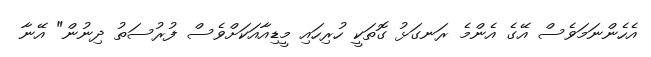
އެހެންނަމަވެސް އޭގެ އެންމެ ރަނގަޅު ގޮތަކީ ހުރިހައި މީޑިއާއަކަށްވެސް ފުރުސަތު ދިނުން" އޭނާ